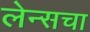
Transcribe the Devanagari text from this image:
लेन्सचा